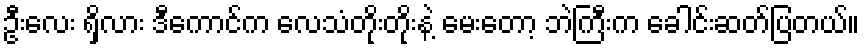
ဦးလေး ရှိလား ဒီကောင်က လေသံတိုးတိုးနဲ့ မေးတော့ ဘဲကြီးက ခေါင်းဆတ်ပြတယ်။